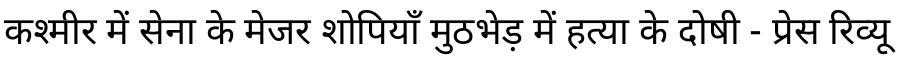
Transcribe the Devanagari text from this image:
कश्मीर में सेना के मेजर शोपियाँ मुठभेड़ में हत्या के दोषी - प्रेस रिव्यू